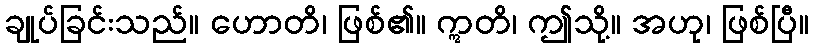
ချုပ်ခြင်းသည်။ ဟောတိ၊ ဖြစ်၏။ ဣတိ၊ ဤသို့။ အဟု၊ ဖြစ်ပြီ။